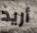
أريد